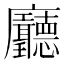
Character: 𢌖